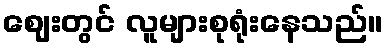
ဈေးတွင် လူများစုရုံးနေသည်။